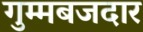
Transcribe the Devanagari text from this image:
गुम्मबजदार